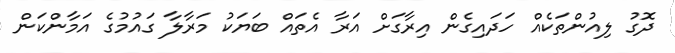
ދޮގު ލިއުންތަކެއް ހަދައިގެން އިރާގަށް އަރާ އެތައް ބަޔަކު މަރާލާ ގައުމުގެ އަމާންކަން